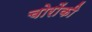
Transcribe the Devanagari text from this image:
चोरोंकी